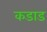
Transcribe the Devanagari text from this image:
कडाड